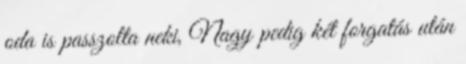
oda is passzolta neki, Nagy pedig két forgatás után